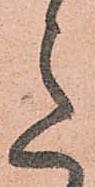
意